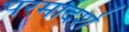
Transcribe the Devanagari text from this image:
परमादर्श